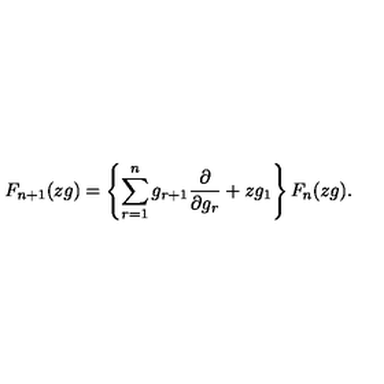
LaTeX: F _ { n + 1 } ( z g ) = \left\{ \sum _ { r = 1 } ^ { n } g _ { r + 1 } \frac { \partial } { \partial g _ { r } } + z g _ { 1 } \right\} F _ { n } ( z g ) .